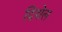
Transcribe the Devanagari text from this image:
दिशेल